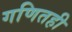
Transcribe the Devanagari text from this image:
गणितही